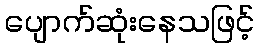
ပျောက်ဆုံးနေသဖြင့်